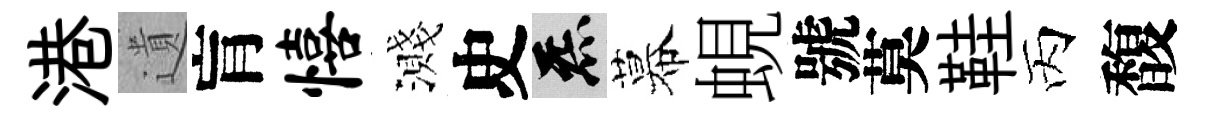
港遺肓僖濺史炁幕蜆號莫鞋丙馥